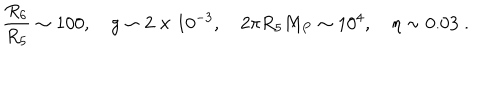
LaTeX: \frac { R _ { 6 } } { R _ { 5 } } \sim 1 0 0 , \quad g \sim 2 \times 1 0 ^ { - 3 } , \quad 2 \pi R _ { 5 } M _ { P } \sim 1 0 ^ { 4 } , \quad \eta \sim 0 . 0 3 \; .